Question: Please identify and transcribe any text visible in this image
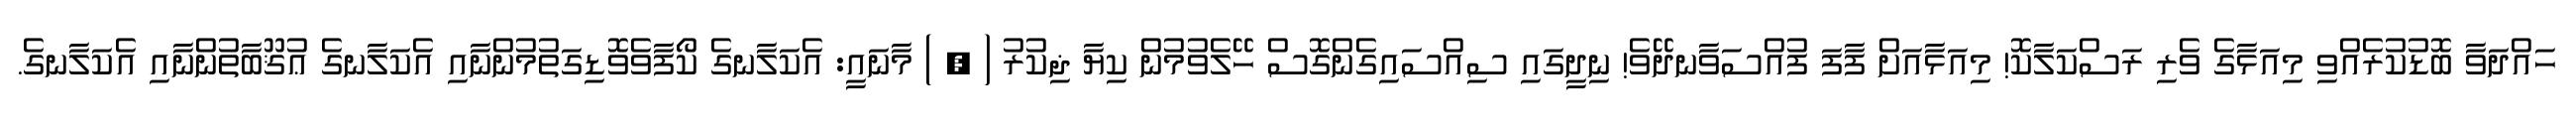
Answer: ހައްދަވާ ބޮޑުކުރެއްވި މިއަޅާގެ ވެރި ރަސްކަލާކޮ! މިއަޅާއަށް ފާފަ ފުއްސަވާނދޭވެ! ނިދީގައި ސިއްސައިގެންގޮސް ހޭލެވުމުން ކިޔާ ޛިކުރު ( , ) މާނައީ: އެކަލާނގެ ކޯފާވެވޮޑިގަތުމުންނާއި އެކަލާނގެ ޢުޤޫބާތުންނާއި އެކަލާނގެ.